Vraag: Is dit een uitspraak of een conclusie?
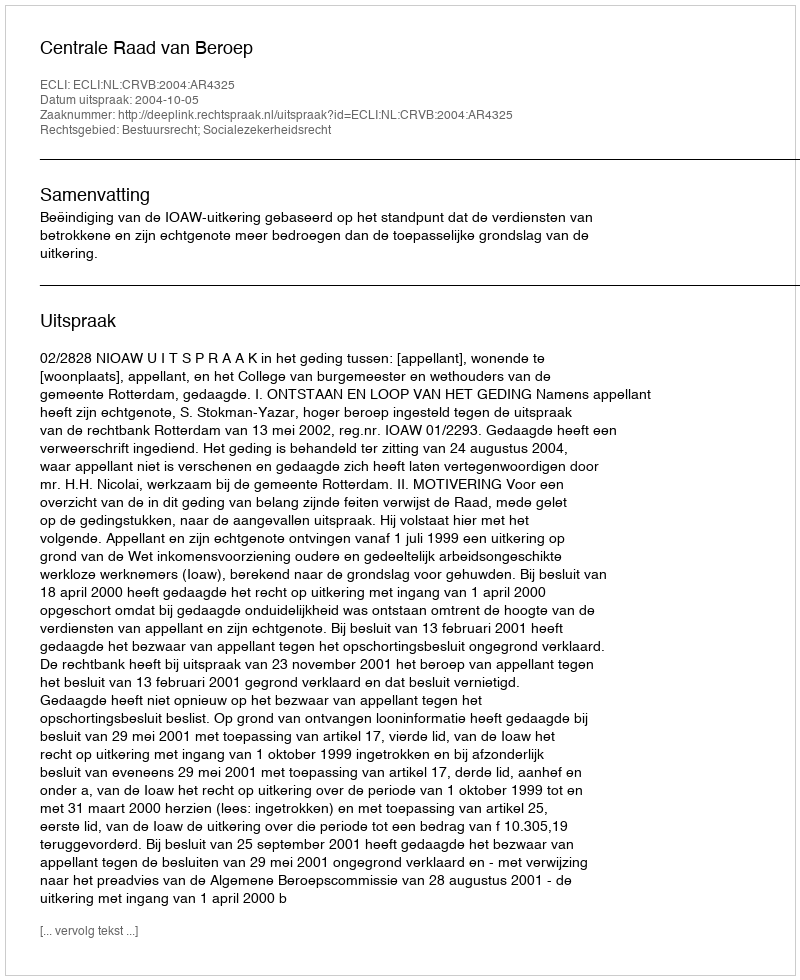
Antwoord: Uitspraak